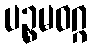
ပဉ္စမဝဂ္ဂ